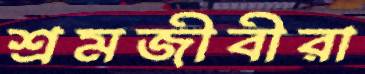
শ্রমজীবীরা